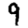
Digit: 9